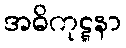
အဓိကုဋ္ဋနာ